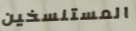
المستنسخين